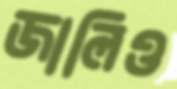
জালিও